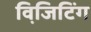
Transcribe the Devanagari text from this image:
विजि़टिंग